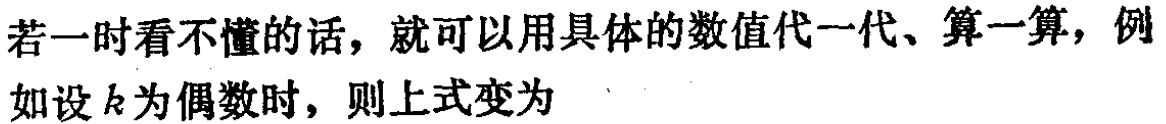
若一时看不懂的话，就可以用具体的数值代一代、算一算，例如设\(k\)为偶数时，则上式变为